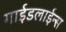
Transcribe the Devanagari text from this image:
गाईडलाईन्स